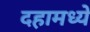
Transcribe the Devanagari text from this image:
दहामध्ये